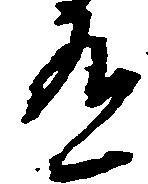
有